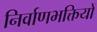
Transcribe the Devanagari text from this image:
निर्वाणभक्तियों